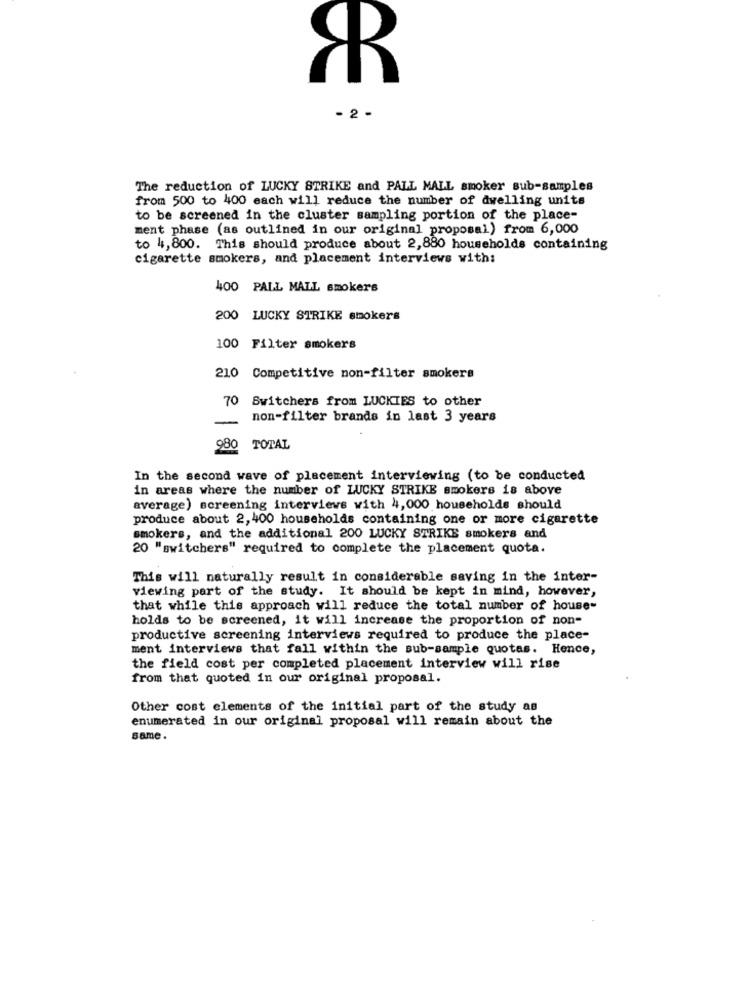
- 2 -
The reduction of LUCKY STRIKE and PALL MALL smoker sub-samples
from 500 to 400 each will reduce the number of dwelling units
to be screened in the cluster sampling portion of the place-
ment phase (as outlined in our original proposal) from 6,000
to 4,800. This should produce about 2,880 households containing
cigarette smokers, and placement interviews with:
400 PALL MALL smokers
200 LUCKY STRIKE smokers
100 Filter smokers
210 Competitive non-filter smokers
70 Switchers from LUCKIES to other
-
non-filter brands in last 3 years
980
TOTAL
In the second wave of placement interviewing (to be conducted
in areas where the number of LUCKY STRIKE smokers is above
average) screening interviews with 4,000 households should
produce about 2, 400 households containing one or more cigarette
smokers, and the additional 200 LUCKY STRIKE smokers and
20 "switchers" required to complete the placement quota.
This will naturally result in considerable saving in the inter-
viewing part of the study. It should be kept in mind, however,
that while this approach will reduce the total number of house-
holds to be screened, it will increase the proportion of non-
productive screening interviews required to produce the place-
ment interviews that fall within the sub-sample quotas. Hence,
the field cost per completed placement interview will rise
from that quoted in our original proposal.
Other cost elements of the initial part of the study as
enumerated in our original proposal will remain about the
same.